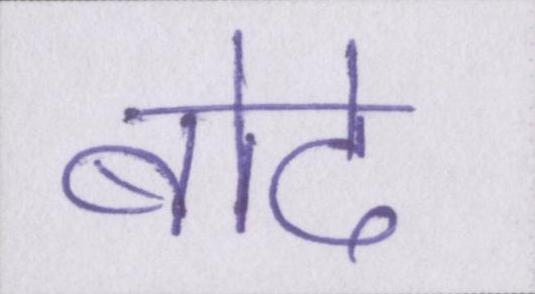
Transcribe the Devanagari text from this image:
बोदे